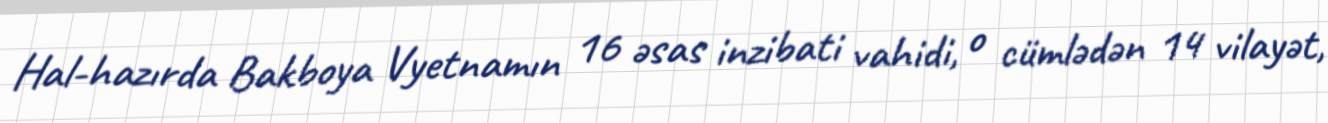
Hal-hazırda Bakboya Vyetnamın 16 əsas inzibati vahidi, o cümlədən 14 vilayət,